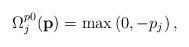
LaTeX: \begin{align*}{\Omega}_j^{p0}({\textbf{p}}) = \max \left( {0, - {p_j}} \right),\end{align*}